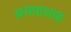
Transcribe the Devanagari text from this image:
अयाहशाह